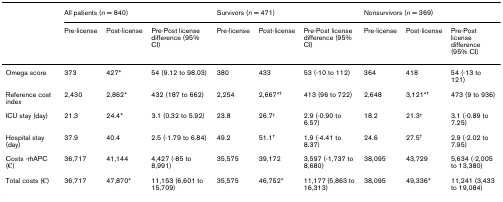
|  | <COLSPAN=3> All patients (n = 840) | <COLSPAN=3> Survivors (n = 471) | <COLSPAN=3> Nonsurvivors (n = 369) |
 |  | Pre-license | Post-license | Pre-Post license difference (95% CI) | Pre-license | Post-license | Pre-Post license difference (95% CI) | Pre-license | Post-license | Pre-Post license difference (95% CI) |
 | --- | --- | --- | --- | --- | --- | --- | --- | --- | --- |
 | Omega score | 373 | 427* | 54 (9.12 to 98.03) | 380 | 433 | 53 (-10 to 112) | 364 | 418 | 54 (-13 to 121) |
 | Reference cost index | 2,430 | 2,862* | 432 (187 to 662) | 2,254 | 2,667*† | 413 (96 to 722) | 2,648 | 3,121*† | 473 (9 to 936) |
 | ICU stay (day) | 21.3 | 24.4* | 3.1 (0.32 to 5.92) | 23.8 | 26.7† | 2.9 (-0.90 to 6.57) | 18.2 | 21.3† | 3.1 (-0.89 to 7.25) |
 | Hospital stay (day) | 37.9 | 40.4 | 2.5 (-1.79 to 6.84) | 49.2 | 51.1† | 1.9 (-4.41 to 8.37) | 24.6 | 27.5† | 2.9 (-2.02 to 7.95) |
 | Costs -rhAPC (€) | 36,717 | 41,144 | 4,427 (-85 to 8,991) | 35,575 | 39,172 | 3,597 (-1,737 to 8,680) | 38,095 | 43,729 | 5,634 (-2,005 to 13,380) |
 | Total costs (€) | 36,717 | 47,870* | 11,153 (6,601 to 15,709) | 35,575 | 46,752* | 11,177 (5,863 to 16,313) | 38,095 | 49,336* | 11,241 (3,433 to 19,084) |